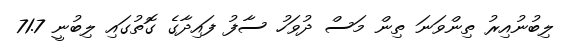
ލިބުނުއިރު ތިންވަނަ ތިން މަސް ދުވަހު ސާފު ފައިދާގެ ގޮތުގައި ލިބުނީ 71.7